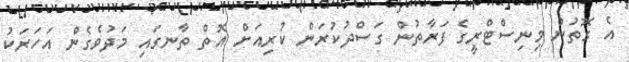
އެ ގޮތުން މިނިސްޓްރީގެ ފަރާތުން ގަސްދުކުރަން ކުރިއަށް އޮތް ތާނގައި މަދުވެގެން އަހަރަކު